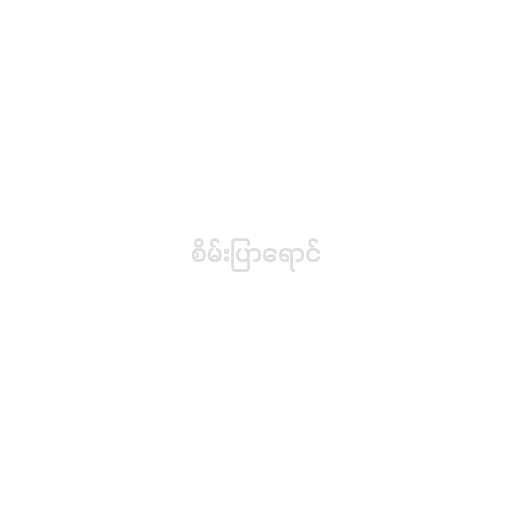
စိမ်းပြာရောင်